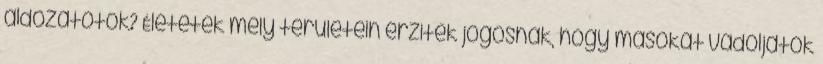
áldozatotok? Életetek mely területein érzitek jogosnak, hogy másokat vádoljatok